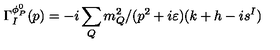
\Gamma _ { I } ^ { \phi _ { P } ^ { 0 } } ( p ) = - i \sum _ { Q } m _ { Q } ^ { 2 } / ( p ^ { 2 } + i \varepsilon ) ( k + h - i s ^ { I } )